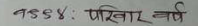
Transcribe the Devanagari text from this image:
७९८४: परिवार वर्ष